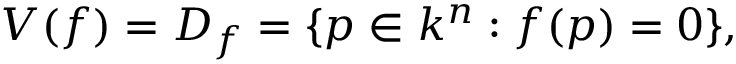
V ( f ) = D _ { f } = \{ p \in k ^ { n } : f ( p ) = 0 \} ,